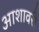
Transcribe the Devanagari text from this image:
आशावरी